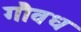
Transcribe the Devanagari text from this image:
गौवध